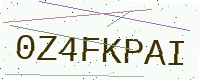
Text: 0Z4FKPAI